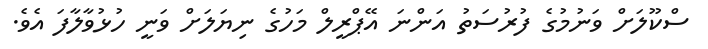
ސްކޫލަށް ވަނުމުގެ ފުރުސަތު އަންނަ އޭޕްރީލް މަހުގެ ނިޔަލަށް ވަނީ ހުޅުވާލާފަ އެވެ.